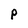
Character: P